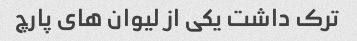
ترک داشت یکی از لیوان های پارچ